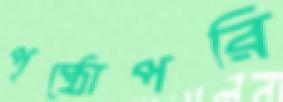
পৃষ্ঠোপরি